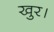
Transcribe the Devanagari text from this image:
खुर।